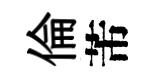
倫芾